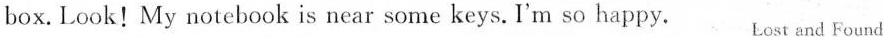
box.Look!My notebook is near some keys.I'm so happy. Lost and Found